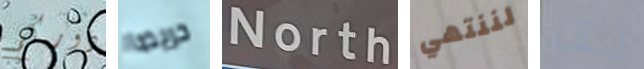
دوركم حريصا North لننتهي لقد